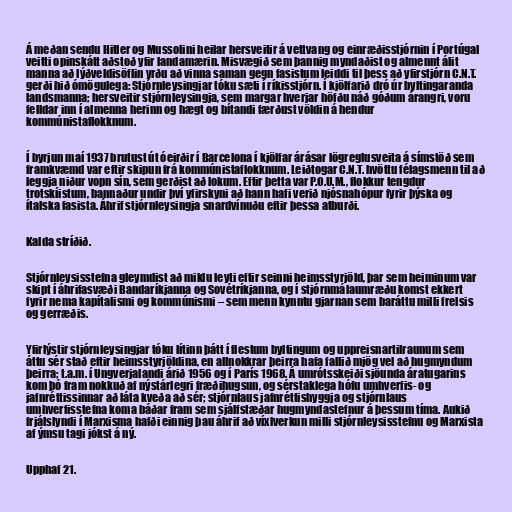
Á meðan sendu Hitler og Mussolini heilar hersveitir á vettvang og einræðisstjórnin í Portúgal
veitti opinskátt aðstoð yfir landamærin. Misvægið sem þannig myndaðist og almennt álit
manna að lýðveldisöflin yrðu að vinna saman gegn fasistum leiddi til þess að yfirstjórn C.N.T.
gerði hið ómögulega: Stjórnleysingjar tóku sæti í ríkisstjórn. Í kjölfarið dró úr byltingaranda
landsmanna; hersveitir stjórnleysingja, sem margar hverjar höfðu náð góðum árangri, voru
felldar inn í almenna herinn og hægt og bítandi færðust völdin á hendur
kommúnistaflokknum.

Í byrjun maí 1937 brutust út óeirðir í Barcelona í kjölfar árásar lögreglusveita á símstöð sem
framkvæmd var eftir skipun frá kommúnistaflokknum. Leiðtogar C.N.T. hvöttu félagsmenn til að
leggja niður vopn sín, sem gerðist að lokum. Eftir þetta var P.O.U.M., flokkur tengdur
trotskíistum, bannaður undir því yfirskyni að hann hafi verið njósnahópur fyrir þýska og
ítalska fasista. Áhrif stjórnleysingja snardvínuðu eftir þessa atburði.

Kalda stríðið.

Stjórnleysisstefna gleymdist að miklu leyti eftir seinni heimsstyrjöld, þar sem heiminum var
skipt í áhrifasvæði Bandaríkjanna og Sovétríkjanna, og í stjórnmálaumræðu komst ekkert
fyrir nema kapítalismi og kommúnismi – sem menn kynntu gjarnan sem baráttu milli frelsis
og gerræðis.

Yfirlýstir stjórnleysingjar tóku lítinn þátt í flestum byltingum og uppreisnartilraunum sem
áttu sér stað eftir heimsstyrjöldina, en allnokkrar þeirra hafa fallið mjög vel að hugmyndum
þeirra; t.a.m. í Ungverjalandi árið 1956 og í París 1968. Á umrótsskeiði sjöunda áratugarins
kom þó fram nokkuð af nýstárlegri fræðihugsun, og sérstaklega hófu umhverfis- og
jafnréttissinnar að láta kveða að sér; stjórnlaus jafnréttishyggja og stjórnlaus
umhverfisstefna koma báðar fram sem sjálfstæðar hugmyndastefnur á þessum tíma. Aukið
frjálslyndi í Marxisma hafði einnig þau áhrif að víxlverkun milli stjórnleysisstefnu og Marxista
af ýmsu tagi jókst á ný.

Upphaf 21.